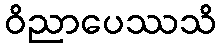
ဝိညာပေဿသိ